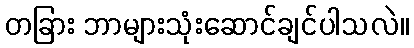
တခြား ဘာများသုံးဆောင်ချင်ပါသလဲ။